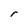
Character: r